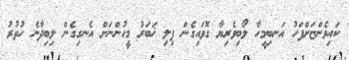
ކައިވެންޏަށްފަހު އަނބިމީހާ ލޯބިވެރިޔާ ގޮވައިގެން ފިލި ޚަބަރު މީހުންނަށް އެނގިގެން ލިބިދާނެ ހުތުރު